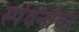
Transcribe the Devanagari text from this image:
स्पंदनांवर